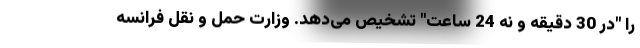
را "در 30 دقیقه و نه 24 ساعت" تشخیص می‌دهد. وزارت حمل و نقل فرانسه